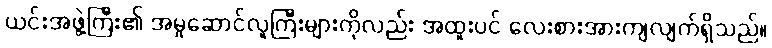
ယင်းအဖွဲ့ကြီး၏ အမှုဆောင်လူကြီးများကိုလည်း အထူးပင် လေးစားအားကျလျက်ရှိသည်။